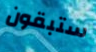
ستبقون